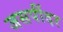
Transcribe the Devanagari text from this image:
जसपींदर